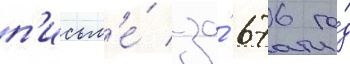
п'исьм'е́ за́ 676 го́д